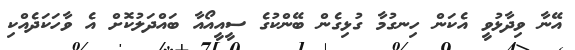
އޭނާ ވިދާޅުވީ އެކަން ހިނގުމާ ގުޅިގެން ބޭންކުގެ ސީއީއޯއާ ބައްދަލުކޮށް އެ ވާހަކަދެއްކި